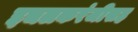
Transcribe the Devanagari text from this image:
इचलकरंजीसह